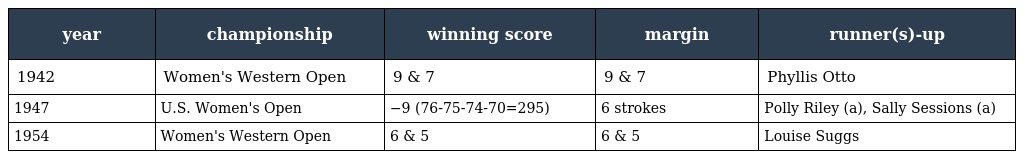
| year | championship | winning score | margin | runner(s)-up |
 | --- | --- | --- | --- | --- |
 | 1942 | Women's Western Open | 9 & 7 | 9 & 7 | Phyllis Otto |
 | 1947 | U.S. Women's Open | −9 (76-75-74-70=295) | 6 strokes | Polly Riley (a), Sally Sessions (a) |
 | 1954 | Women's Western Open | 6 & 5 | 6 & 5 | Louise Suggs |